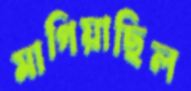
মাগিয়াছিল